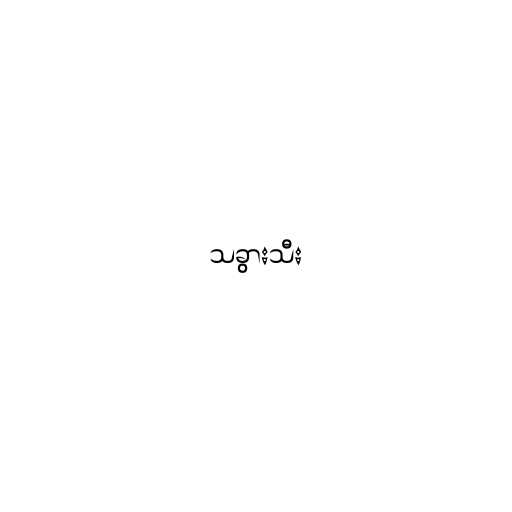
သခွားသီး